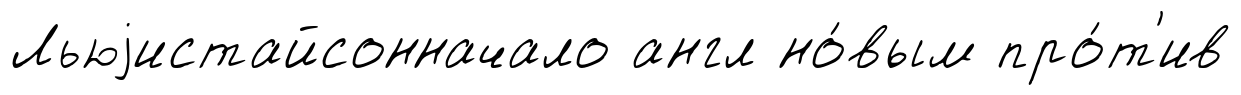
Льюjистайсонначало англ но́вым про́т'ив